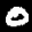
Label: 0